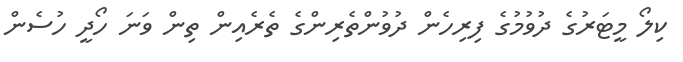
ކިލޯ މީޓަރުގެ ދުވުމުގެ ފިރިހެން ދުވުންތެރިންގެ ތެރެއިން ތިން ވަނަ ހޯދީ ހުސެން